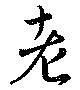
老